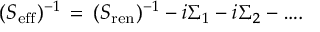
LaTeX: ( S _ { \mathrm { e f f } } ) ^ { - 1 } \, = \, ( S _ { \mathrm { r e n } } ) ^ { - 1 } - i \Sigma _ { 1 } - i \Sigma _ { 2 } - \dots \! .